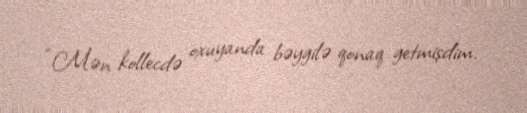
“Mən kollecdə oxuyanda bəygilə qonaq getmişdim.